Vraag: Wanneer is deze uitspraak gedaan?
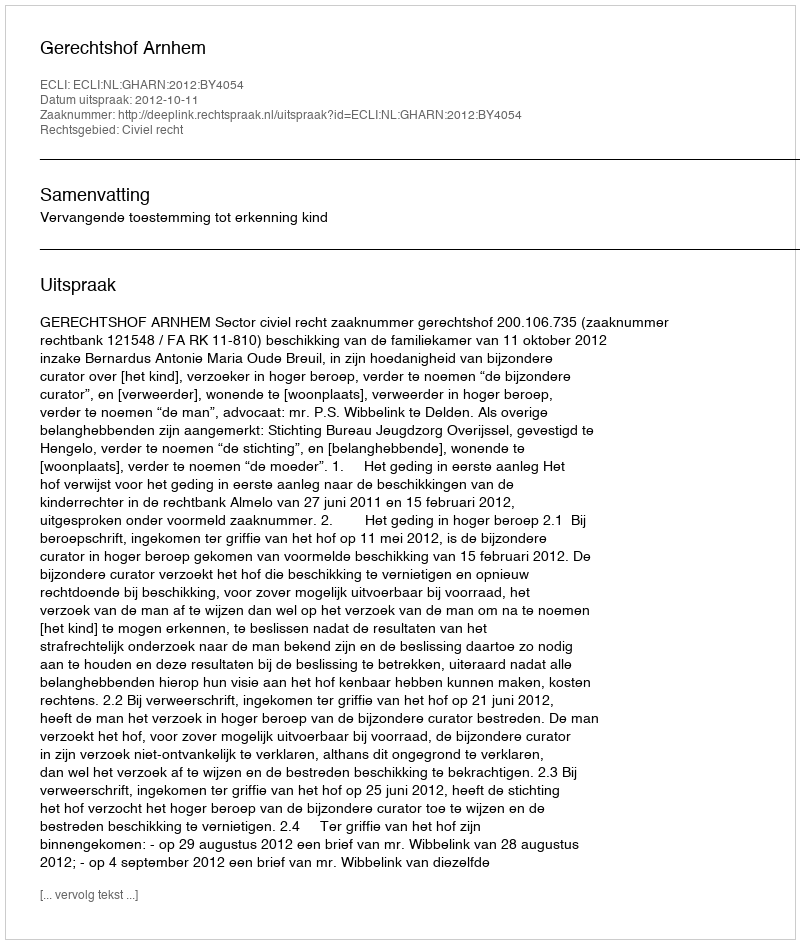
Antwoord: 2012-10-11